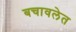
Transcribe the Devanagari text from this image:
बचावलेत